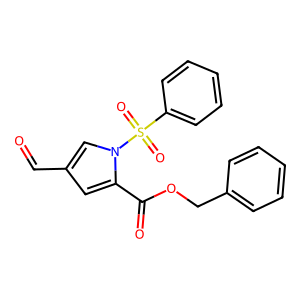
SMILES: O=Cc1cc(C(=O)OCc2ccccc2)n(S(=O)(=O)c2ccccc2)c1
Inhibits HIV replication: No